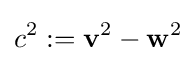
c^{2}:=\mathbf {v} ^{2}-\mathbf {w} ^{2}